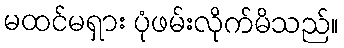
မထင်မရှား ပုံဖမ်းလိုက်မိသည်။